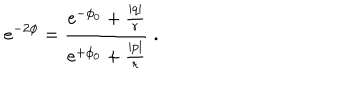
e ^ { - 2 \phi } = { \frac { { \mathrm { e } } ^ { - \phi _ { 0 } } + \frac { | q | } { r } } { { \mathrm { e } } ^ { + \phi _ { 0 } } + \frac { | p | } { r } } } \ .